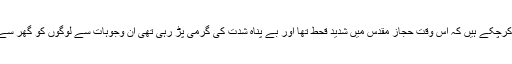
لیکن جیسا کہ ہم تحریر کرچکے ہیں کہ اس وقت حجازِ مقدس میں شدید قحط تھا اور بے پناہ شدت کی گرمی پڑ رہی تھی ان وجوہات سے لوگوں کو گھر سے نکلنا شاق گزر رہا تھا۔